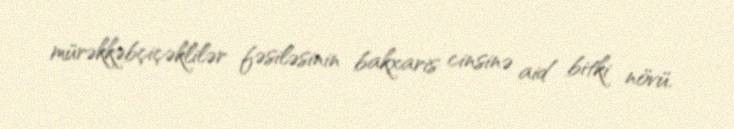
mürəkkəbçiçəklilər fəsiləsinin bakxaris cinsinə aid bitki növü.